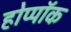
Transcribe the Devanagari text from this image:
होप्पॉक